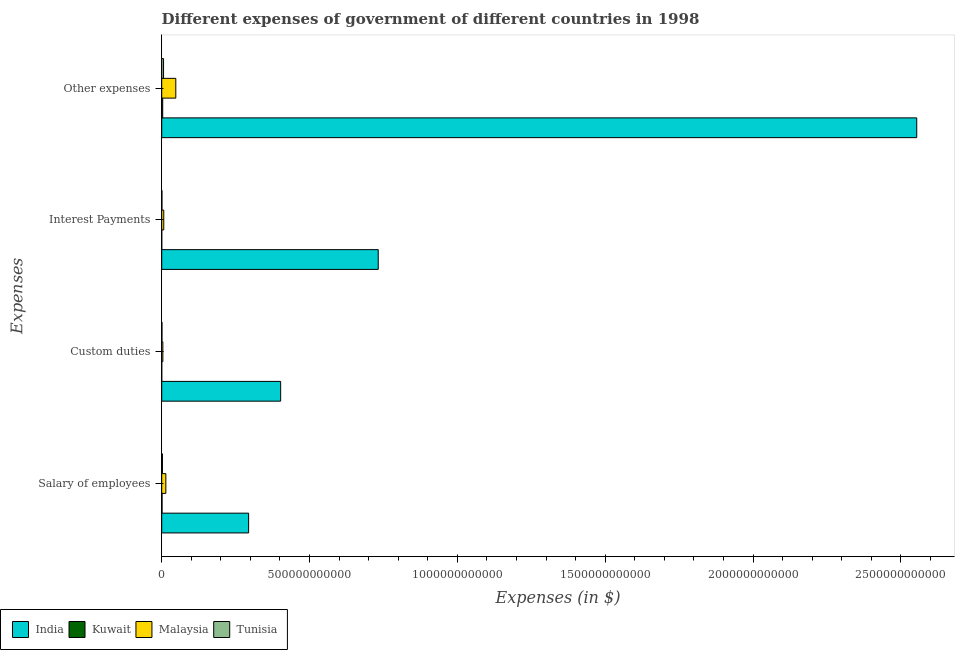
| Expenses | India | Kuwait | Malaysia | Tunisia |
 | --- | --- | --- | --- | --- |
 | Salary of employees | 2.94e+11 | 1.17e+09 | 1.4e+10 | 2.53e+09 |
 | Custom duties | 4.02e+11 | 8.3e+07 | 3.87e+09 | 8.79e+08 |
 | Interest Payments | 7.32e+11 | 1.34e+08 | 6.93e+09 | 7.7e+08 |
 | Other expenses | 2.55e+12 | 3.33e+09 | 4.76e+10 | 6.19e+09 |